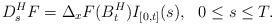
LaTeX: \begin{align*} D^{H}_{s}F= \Delta_{x} F(B^{H}_{t}) I_{[0,t]}(s), \ \ 0\leq s\leq T.\end{align*}